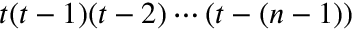
t ( t - 1 ) ( t - 2 ) \cdots ( t - ( n - 1 ) )